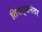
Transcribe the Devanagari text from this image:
तिसऱ्यानंतर